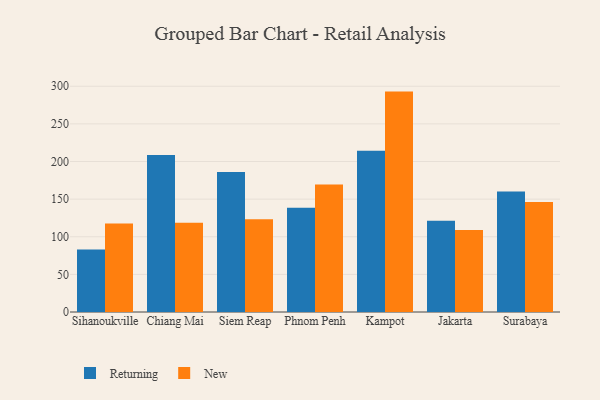
{"axis": {"x": "City", "y": "Conversion Rate (%)"}, "legend": ["New", "Returning"], "data": [{"x": "Sihanoukville", "y": 83.0, "type": "Returning"}, {"x": "Sihanoukville", "y": 117.7, "type": "New"}, {"x": "Chiang Mai", "y": 208.7, "type": "Returning"}, {"x": "Chiang Mai", "y": 118.6, "type": "New"}, {"x": "Siem Reap", "y": 186.2, "type": "Returning"}, {"x": "Siem Reap", "y": 123.2, "type": "New"}, {"x": "Phnom Penh", "y": 138.4, "type": "Returning"}, {"x": "Phnom Penh", "y": 169.3, "type": "New"}, {"x": "Kampot", "y": 214.4, "type": "Returning"}, {"x": "Kampot", "y": 292.9, "type": "New"}, {"x": "Jakarta", "y": 121.4, "type": "Returning"}, {"x": "Jakarta", "y": 109.0, "type": "New"}, {"x": "Surabaya", "y": 160.2, "type": "Returning"}, {"x": "Surabaya", "y": 146.2, "type": "New"}]}